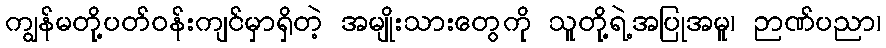
ကျွန်မတို့ပတ်၀န်းကျင်မှာရှိတဲ့ အမျိုးသားတွေကို သူတို့ရဲ့အပြုအမူ၊ ဉာဏ်ပညာ၊